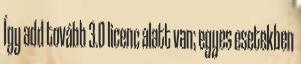
Így add tovább 3.0 licenc alatt van; egyes esetekben